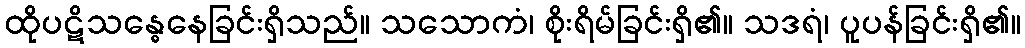
ထိုပဋိသန္ဓေနေခြင်းရှိသည်။ သသောကံ၊ စိုးရိမ်ခြင်းရှိ၏။ သဒရံ၊ ပူပန်ခြင်းရှိ၏။